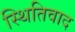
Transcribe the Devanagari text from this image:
स्थितिवाद